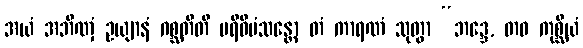
အယံ အဘိဏှံ ဥယျာနံ ဂစ္ဆတီတိ ပရိဝီမံသန္တော တံ ကာရဏံ သုတွာ “ဘဒ္ဒေ, တဝ ကုစ္ဆိယံ